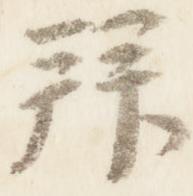
拝